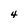
Character: 4